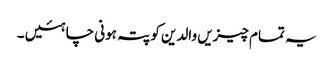
یہ تمام چیزیں والدین کو پتہ ہونی چاہئیں ۔